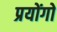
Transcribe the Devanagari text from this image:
प्रयोंगो